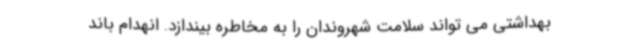
بهداشتی می تواند سلامت شهروندان را به مخاطره بیندازد. انهدام باند